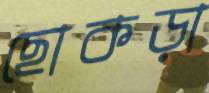
ছোকড়া